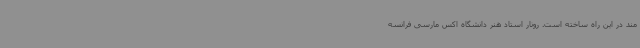
مند در این راه ساخته است. رونار استاد هنر دانشگاه اکس مارسی فرانسه